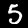
Digit: 5